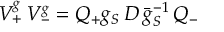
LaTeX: { \cal V } _ { + } ^ { g } \, { \cal V } _ { - } ^ { g } = { \cal Q } _ { + } g _ { S } \, { \cal D } \, \bar { g } _ { S } ^ { - 1 } \, { \cal Q } _ { - }